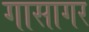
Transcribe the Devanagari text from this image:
गासागर